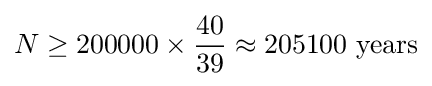
N\geq 200000\times {\frac {40}{39}}\approx 205100~{\text{years}}